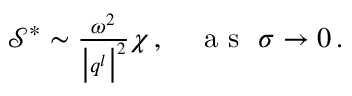
\begin{array} { r } { \mathcal { S } ^ { * } \sim \frac { \omega ^ { 2 } } { \big \vert \boldsymbol { q } ^ { l } \big \vert ^ { 2 } } \chi \, , ~ ~ ~ \mathrm { ~ a ~ s ~ } ~ \sigma \rightarrow 0 \, . } \end{array}